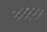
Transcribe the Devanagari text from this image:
तनूम्।